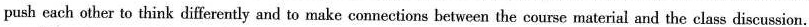
push each other to think differcntly and to make connections between the course material and the class discussion.